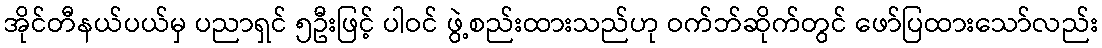
အိုင်တီနယ်ပယ်မှ ပညာရှင် ၅ဦးဖြင့် ပါဝင် ဖွဲ့စည်းထားသည်ဟု ဝက်ဘ်ဆိုက်တွင် ဖော်ပြထားသော်လည်း